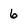
Character: 6